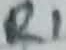
Text: R1